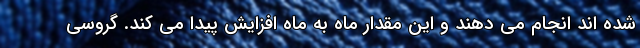
شده اند انجام می دهند و این مقدار ماه به ماه افزایش پیدا می کند. گروسی